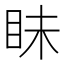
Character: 眛